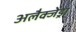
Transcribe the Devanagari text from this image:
अलैक्जेंड्रा